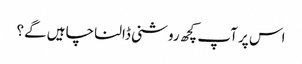
اس پر آپ کچھ روشنی ڈالنا چاہیں گے؟